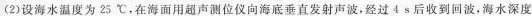
(2)设海水温度为25^{\circ}C，在海面用超声测位仪向海底垂直发射声波，经过4s后收到回波，海水深度